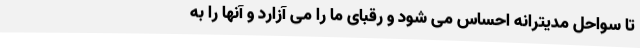
تا سواحل مدیترانه احساس می شود و رقبای ما را می آزارد و آنها را به